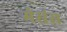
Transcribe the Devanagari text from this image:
मेसंस